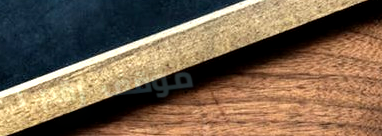
موقف رقم ١